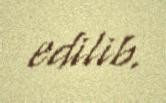
edilib.